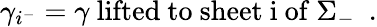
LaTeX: \gamma_{i^{-}}=\gamma\mathrm{~lifted~to~sheet~i~of~\Sigma_{-}~}\ .